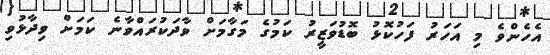
އެހެންވެ މި އަހަރު ފަހުކޮޅު ބޮޑުވަޒީރު ކަމުގެ މަގާމަށް ވާދަކުރައްވާނެ ކަމަށް ވިދާޅުވި